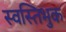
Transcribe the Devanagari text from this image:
स्वस्तिभुक